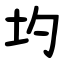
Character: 圴